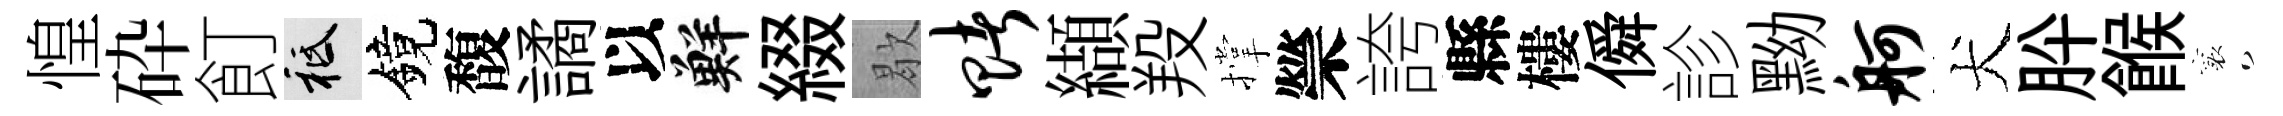
惶砕飣祇鏡馥譎以鮮綴歇赌纈羖撑禜誇縣樓僢診黝舸犬肸餱襄